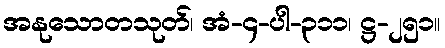
အနုသောတသုတ်၊ အံ-၄-ပါ-၃၁၁၊ ဋ္ဌ-၂၅၁။